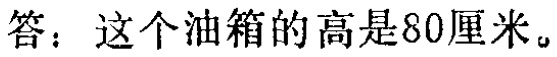
答：这个油箱的高是80厘米。